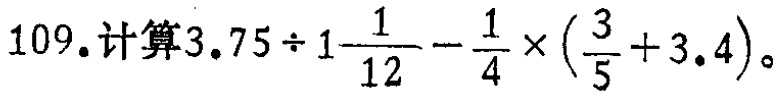
\(109.计算3.75\div1\frac{1}{12}-\frac{1}{4}\times(\frac{3}{5}+3.4)\)